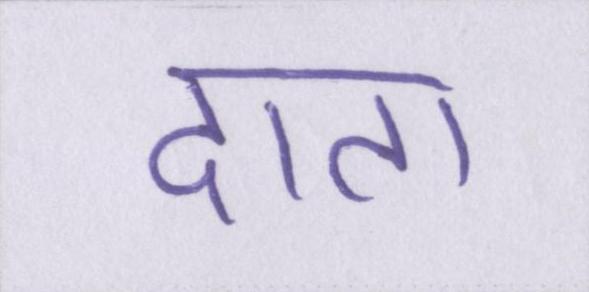
दाता